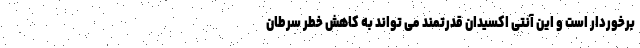
برخوردار است و این آنتی اکسیدان قدرتمند می تواند به کاهش خطر سرطان